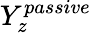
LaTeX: Y_{z}^{passive}